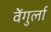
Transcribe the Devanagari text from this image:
वेेंगुर्ला